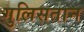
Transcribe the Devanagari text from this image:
गुलिसतान